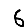
Digit: 6